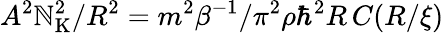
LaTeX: A^{2}\mathbb{N}_{\mathrm{{K}}}^{2}/R^{2}=m^{2}\beta^{-1}/\pi^{2}\rho\hbar^{2}R\, C(R/\xi)